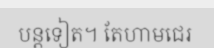
បន្តទៀត។ តែហាមជេរ